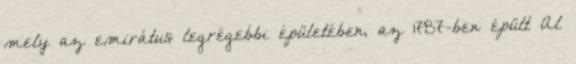
mely az emirátus legrégebbi épületében, az 1787-ben épült Al